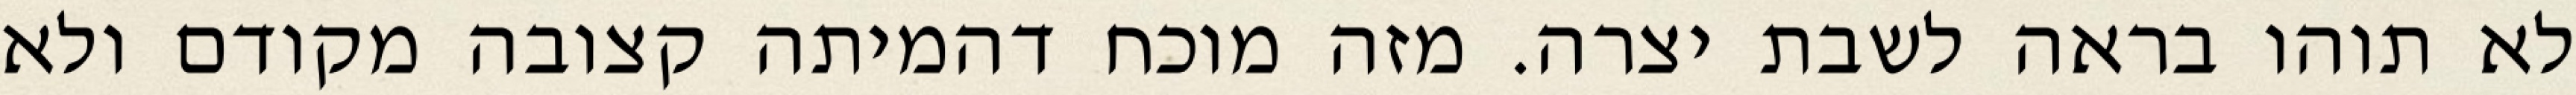
לא תוהו בראה לשבת יצרה. מזה מוכח דהמיתה קצובה מקודם ולא